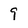
Character: 9